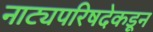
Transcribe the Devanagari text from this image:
नाट्यपरिषदेकडून